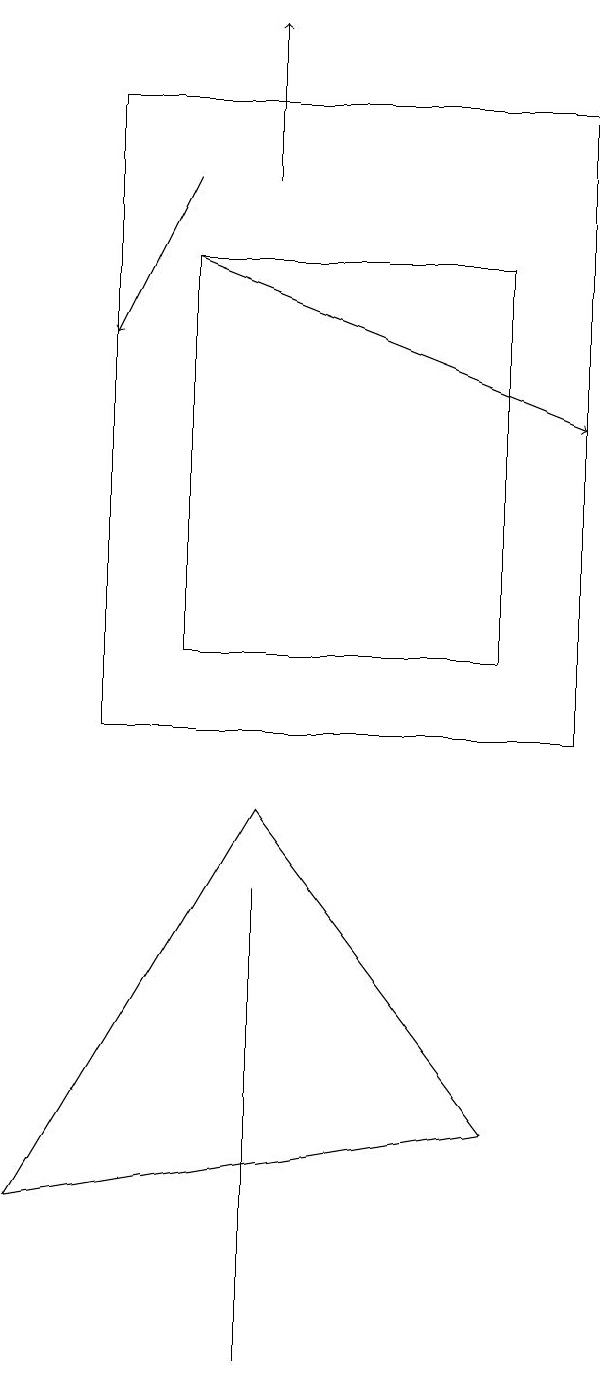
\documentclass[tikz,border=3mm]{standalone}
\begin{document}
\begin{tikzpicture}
\draw[->] (3,17) -- (2,15);
\draw[->] (3,16) -- (8,14);
\draw (7,11) rectangle (3,16);
\draw[->] (4,17) -- (4,19);
\draw (8,18) rectangle (2,10);
\draw (4,9) -- (7,5) -- (1,4) -- cycle;
\draw (4,8) -- (4,8) -- (4,2) -- cycle;
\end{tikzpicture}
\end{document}